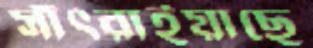
সাঁৎরাইয়াছে